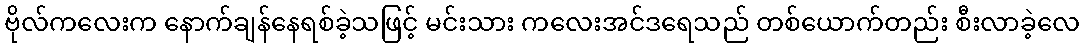
ဗိုလ်ကလေးက နောက်ချန်နေရစ်ခဲ့သဖြင့် မင်းသား ကလေးအင်ဒရေသည် တစ်ယောက်တည်း စီးလာခဲ့လေ